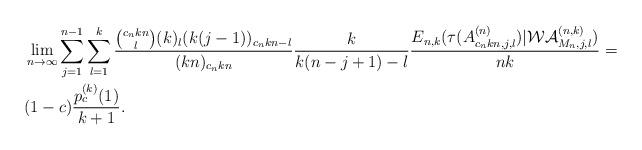
LaTeX: \begin{align*}\begin{aligned}&\lim_{n\to\infty}\sum_{j=1}^{n-1}\sum_{l=1}^k\frac{\binom {c_nkn}l(k)_l(k(j-1))_{c_nkn-l}}{(kn)_{c_nkn}}\frac k{k(n-j+1)-l}\frac{E_{n,k}(\tau(A^{(n)}_{c_nkn,j,l})|\mathcal{WA}^{(n,k)}_{M_n,j,l})}{nk}=\\&(1-c)\frac{p_c^{(k)}(1)}{k+1}.\end{aligned}\end{align*}